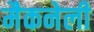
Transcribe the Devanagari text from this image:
मैकनेली